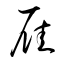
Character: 雁